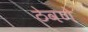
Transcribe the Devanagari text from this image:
ठेवणेे